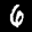
Digit: 6